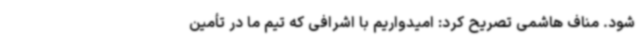
شود. مناف هاشمی تصریح کرد: امیدواریم با اشرافی که تیم ما در تأمین